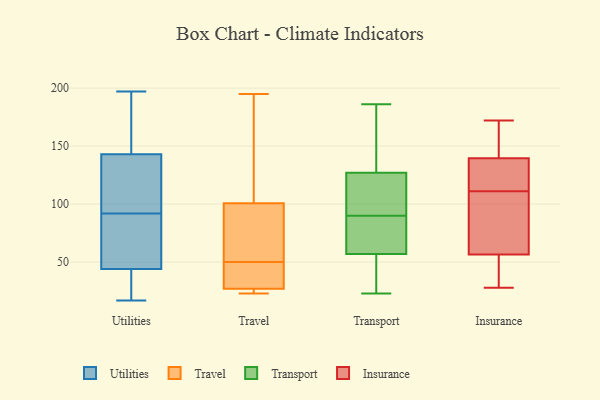
{"axis": {"x": "Tickets Resolved", "y": "Value"}, "legend": ["Insurance", "Transport", "Travel", "Utilities"], "data": [{"x": "", "y": 25, "type": "Utilities"}, {"x": "", "y": 197, "type": "Utilities"}, {"x": "", "y": 106, "type": "Utilities"}, {"x": "", "y": 17, "type": "Utilities"}, {"x": "", "y": 52, "type": "Utilities"}, {"x": "", "y": 181, "type": "Utilities"}, {"x": "", "y": 43, "type": "Utilities"}, {"x": "", "y": 130, "type": "Utilities"}, {"x": "", "y": 143, "type": "Utilities"}, {"x": "", "y": 48, "type": "Utilities"}, {"x": "", "y": 193, "type": "Utilities"}, {"x": "", "y": 79, "type": "Utilities"}, {"x": "", "y": 105, "type": "Utilities"}, {"x": "", "y": 44, "type": "Utilities"}, {"x": "", "y": 124, "type": "Travel"}, {"x": "", "y": 37, "type": "Travel"}, {"x": "", "y": 72, "type": "Travel"}, {"x": "", "y": 93, "type": "Travel"}, {"x": "", "y": 27, "type": "Travel"}, {"x": "", "y": 24, "type": "Travel"}, {"x": "", "y": 78, "type": "Travel"}, {"x": "", "y": 25, "type": "Travel"}, {"x": "", "y": 23, "type": "Travel"}, {"x": "", "y": 40, "type": "Travel"}, {"x": "", "y": 130, "type": "Travel"}, {"x": "", "y": 50, "type": "Travel"}, {"x": "", "y": 195, "type": "Travel"}, {"x": "", "y": 27, "type": "Travel"}, {"x": "", "y": 52, "type": "Travel"}, {"x": "", "y": 36, "type": "Travel"}, {"x": "", "y": 152, "type": "Travel"}, {"x": "", "y": 52, "type": "Transport"}, {"x": "", "y": 57, "type": "Transport"}, {"x": "", "y": 77, "type": "Transport"}, {"x": "", "y": 127, "type": "Transport"}, {"x": "", "y": 23, "type": "Transport"}, {"x": "", "y": 45, "type": "Transport"}, {"x": "", "y": 89, "type": "Transport"}, {"x": "", "y": 36, "type": "Transport"}, {"x": "", "y": 127, "type": "Transport"}, {"x": "", "y": 93, "type": "Transport"}, {"x": "", "y": 160, "type": "Transport"}, {"x": "", "y": 186, "type": "Transport"}, {"x": "", "y": 171, "type": "Transport"}, {"x": "", "y": 62, "type": "Transport"}, {"x": "", "y": 181, "type": "Transport"}, {"x": "", "y": 107, "type": "Transport"}, {"x": "", "y": 85, "type": "Transport"}, {"x": "", "y": 91, "type": "Transport"}, {"x": "", "y": 33, "type": "Insurance"}, {"x": "", "y": 72, "type": "Insurance"}, {"x": "", "y": 79, "type": "Insurance"}, {"x": "", "y": 128, "type": "Insurance"}, {"x": "", "y": 56, "type": "Insurance"}, {"x": "", "y": 153, "type": "Insurance"}, {"x": "", "y": 118, "type": "Insurance"}, {"x": "", "y": 172, "type": "Insurance"}, {"x": "", "y": 122, "type": "Insurance"}, {"x": "", "y": 104, "type": "Insurance"}, {"x": "", "y": 28, "type": "Insurance"}, {"x": "", "y": 136, "type": "Insurance"}, {"x": "", "y": 140, "type": "Insurance"}, {"x": "", "y": 139, "type": "Insurance"}, {"x": "", "y": 170, "type": "Insurance"}, {"x": "", "y": 57, "type": "Insurance"}, {"x": "", "y": 44, "type": "Insurance"}, {"x": "", "y": 102, "type": "Insurance"}, {"x": "", "y": 172, "type": "Insurance"}, {"x": "", "y": 41, "type": "Insurance"}]}